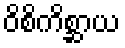
ဝိစိကိစ္ဆာယ